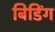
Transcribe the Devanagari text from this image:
बिडिंग